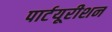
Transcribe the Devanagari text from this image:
पार्टयूरीशन